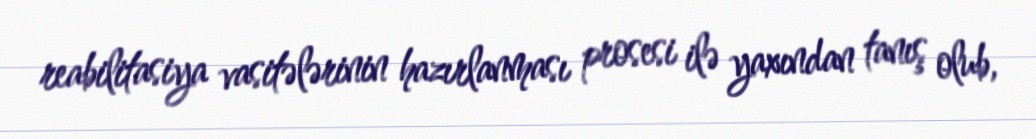
reabilitasiya vasitələrinin hazırlanması prosesi ilə yaxından tanış olub,